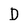
Character: D